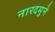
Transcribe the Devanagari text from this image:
नारदमुने